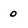
Character: 0